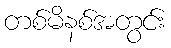
တစ်မိနစ်အတွင်း